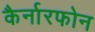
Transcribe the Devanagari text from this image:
कैर्नारफोन